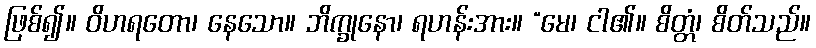
ဖြစ်၍။ ဝိဟရတော၊ နေသော။ ဘိက္ခုနော၊ ရဟန်းအား။ “မေ၊ ငါ၏။ စိတ္တံ၊ စိတ်သည်။